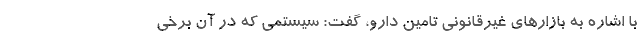
با اشاره به بازارهای غیرقانونی تامین دارو، گفت: سیستمی که در آن برخی